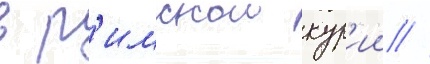
в р'имскои кур'ии //